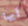
أيها